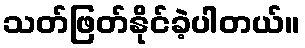
သတ်ဖြတ်နိုင်ခဲ့ပါတယ်။